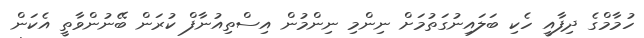
ހުމާމްގެ ދިފާއީ ހެކި ބަލައިނުގަތުމަށް ނިންމި ނިންމުން އިސްތިއުނާފް ކުރަން ބޭނުންވާތީ އެކަން